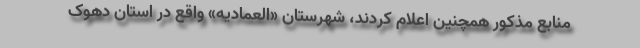
منابع مذکور همچنین اعلام کردند، شهرستان «العمادیه» واقع در استان دهوک